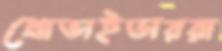
প্রোভাইডাররা